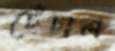
চেঁচাল